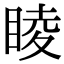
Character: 睖